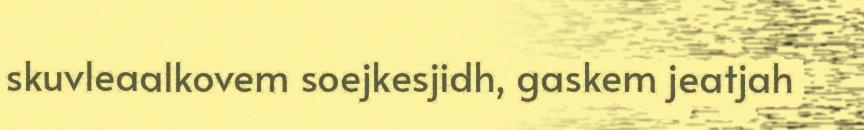
skuvleaalkovem soejkesjidh, gaskem jeatjah